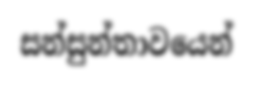
සන්සුන්තාවයෙන්